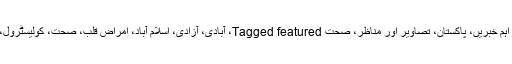
کیٹاگری میں : اہم خبریں، پاکستان، تصاویر اور مناظر، صحت Tagged featured، آبادی، آزادی، اسلام آباد، امراض قلب، صحت، کولیسٹرول، کینسر، موٹاپا